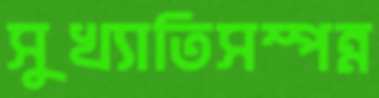
সুখ্যাতিসম্পন্ন